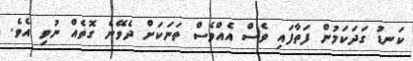
ކަނޑު ގަދަކަމުން ފަތާފައި ވެސް އެއްވެސް ތަނަކަށް ދެވޭނެ ގޮތެއް ނުވި އެވެ.